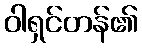
ဝါရှင်တန်၏